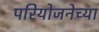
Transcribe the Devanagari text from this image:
परियोजनेच्या